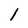
Character: 1